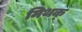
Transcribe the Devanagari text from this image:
मिथक्